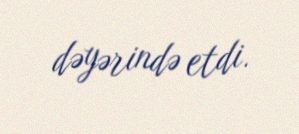
dəyərində etdi.